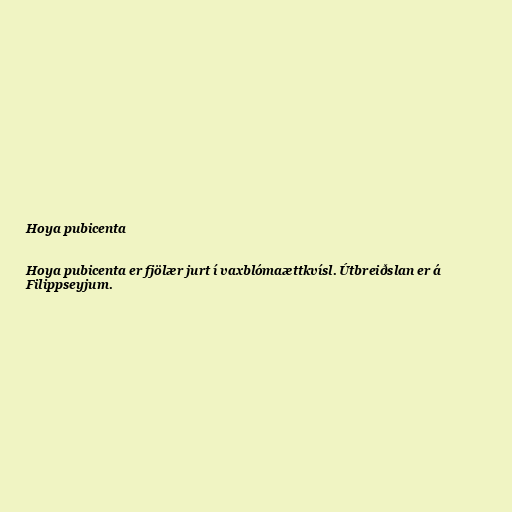
Hoya pubicenta

Hoya pubicenta er fjölær jurt í vaxblómaættkvísl. Útbreiðslan er á
Filippseyjum.